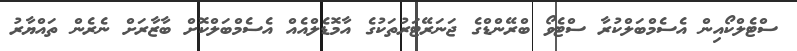
ސްޓެލްކޯއިން އެސެމްބަލްކުރާ ސްޓެވޯ ބްރޭންޑްގެ ޖަނަރޭޓަރުތަކުގެ އާމޮޑެލްއެއް އެސެމްބަލްކޮށް ބާޒާރަށް ނެރެން ތައްޔާރު